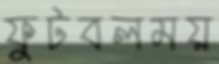
ফুটবলময়